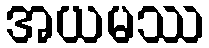
အယမဿ